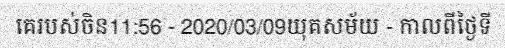
គេរបស់ចិន11:56 - 2020/03/09យុគសម័យ - កាលពីថ្ងៃទី